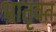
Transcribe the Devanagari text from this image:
भ्रातृवत